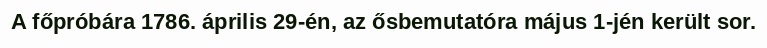
A főpróbára 1786. április 29-én, az ősbemutatóra május 1-jén került sor.